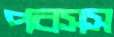
পবসস